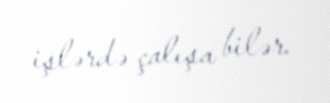
işlərdə çalışa bilər.